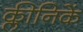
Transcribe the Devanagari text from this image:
क्लीनिकें